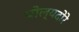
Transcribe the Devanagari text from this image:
पोल्यदोरे